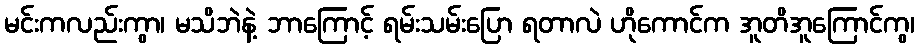
မင်းကလည်းကွာ၊ မသိဘဲနဲ့ ဘာကြောင့် ရမ်းသမ်းပြော ရတာလဲ ဟိုကောင်က အူတိအူကြောင်ကွ၊